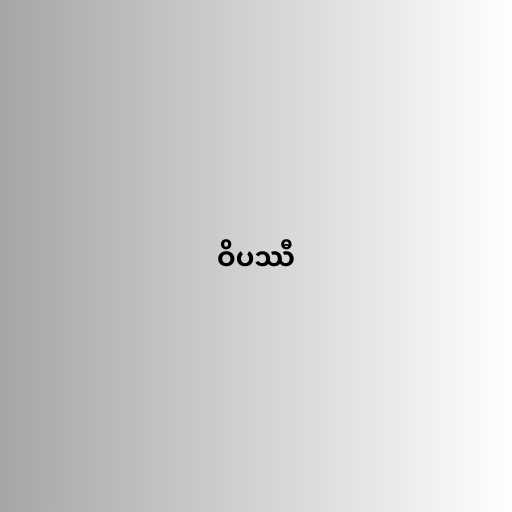
ဝိပဿီ